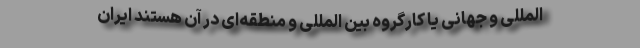
المللی و جهانی یا کارگروه بین المللی و منطقه‌ای در آن هستند ایران